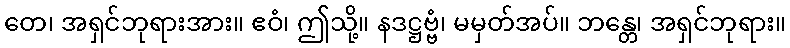
တေ၊ အရှင်ဘုရားအား။ ဧဝံ၊ ဤသို့။ နဒဋ္ဌဗ္ဗံ၊ မမှတ်အပ်။ ဘန္တေ၊ အရှင်ဘုရား။